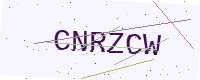
Text: CNRZCW